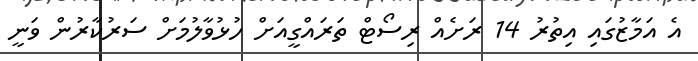
އެ އަމާޒުގައި އިތުރު 14 ރަށެއް ރިސޯޓް ތަރައްގީއަށް ހުޅުވާލުމަށް ސަރުކާރުން ވަނީ